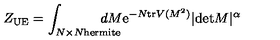
Z _ { \mathrm { U E } } = \int _ { N \times N \mathrm { \scriptsize h e r m i t e } } \! \! \! \! \! \! \! \! \! \! d M \mathrm { e } ^ { - N \mathrm { t r } V ( M ^ { 2 } ) } | \mathrm { d e t } M | ^ { \alpha }